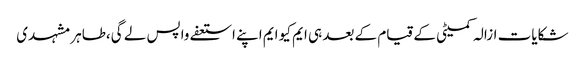
شکایات ازالہ کمیٹی کے قیام کے بعد ہی ایم کیو ایم اپنے استعفے واپس لے گی،طاہر مشہدی